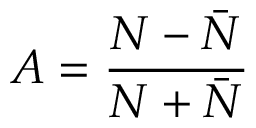
A = \frac { N - \bar { N } } { N + \bar { N } }